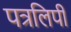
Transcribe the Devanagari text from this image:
पत्रलिपी